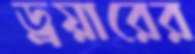
ড্রয়ারের